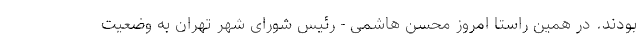
بودند. در همین راستا امروز محسن هاشمی - رئیس شورای شهر تهران به وضعیت